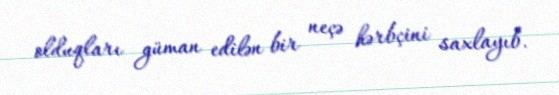
olduqları güman edilən bir neçə hərbçini saxlayıb.